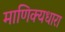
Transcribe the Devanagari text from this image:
माणिक्यधारा